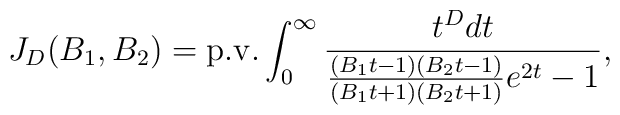
J_D(B_1,B_2)={\rm p.v.}\int_{0}^{\infty }\frac{t^{D}dt}{\frac{(B_{1}t-1)(B_{2}t-1)}{(B_{1}t+1)(B_{2}t+1)}e^{2t}-1},